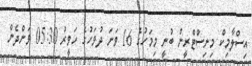
އިސްލާމިކް މިނިސްޓްރީން ބުނީ މިމަހުގެ 16 ވަނަ ދުވަހުގެ ހަވީރު 05:30 ވަންދެން